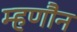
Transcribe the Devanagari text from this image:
म्हणौन